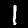
Label: 1